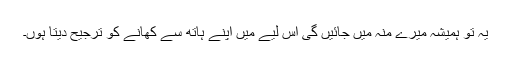
یہ تو ہمیشہ میرے منہ میں جائیں گی اس لیے میں اپنے ہاتھ سے کھانے کو ترجیح دیتا ہوں۔